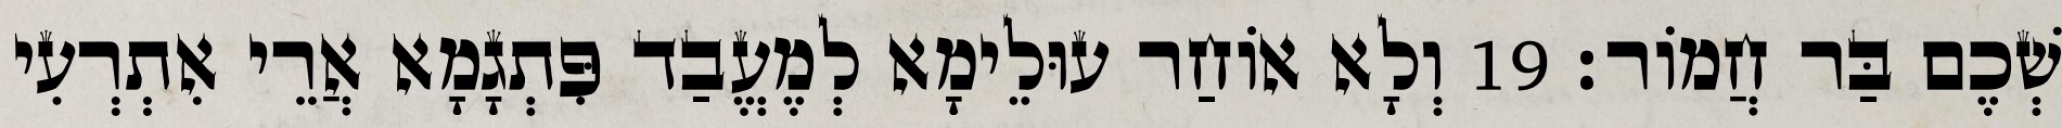
שְׁכֶם בַּר חֲמוֹר׃ 19 וְלָא אוֹחַר עוּלֵימָא לְמֶעֱבַד פִּתְגָמָא אֲרֵי אִתְרְעִי